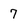
Character: 7